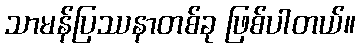
သာမန်ပြဿနာတစ်ခု ဖြစ်ပါတယ်။